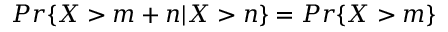
P r \{ X > m + n | X > n \} = P r \{ X > m \}